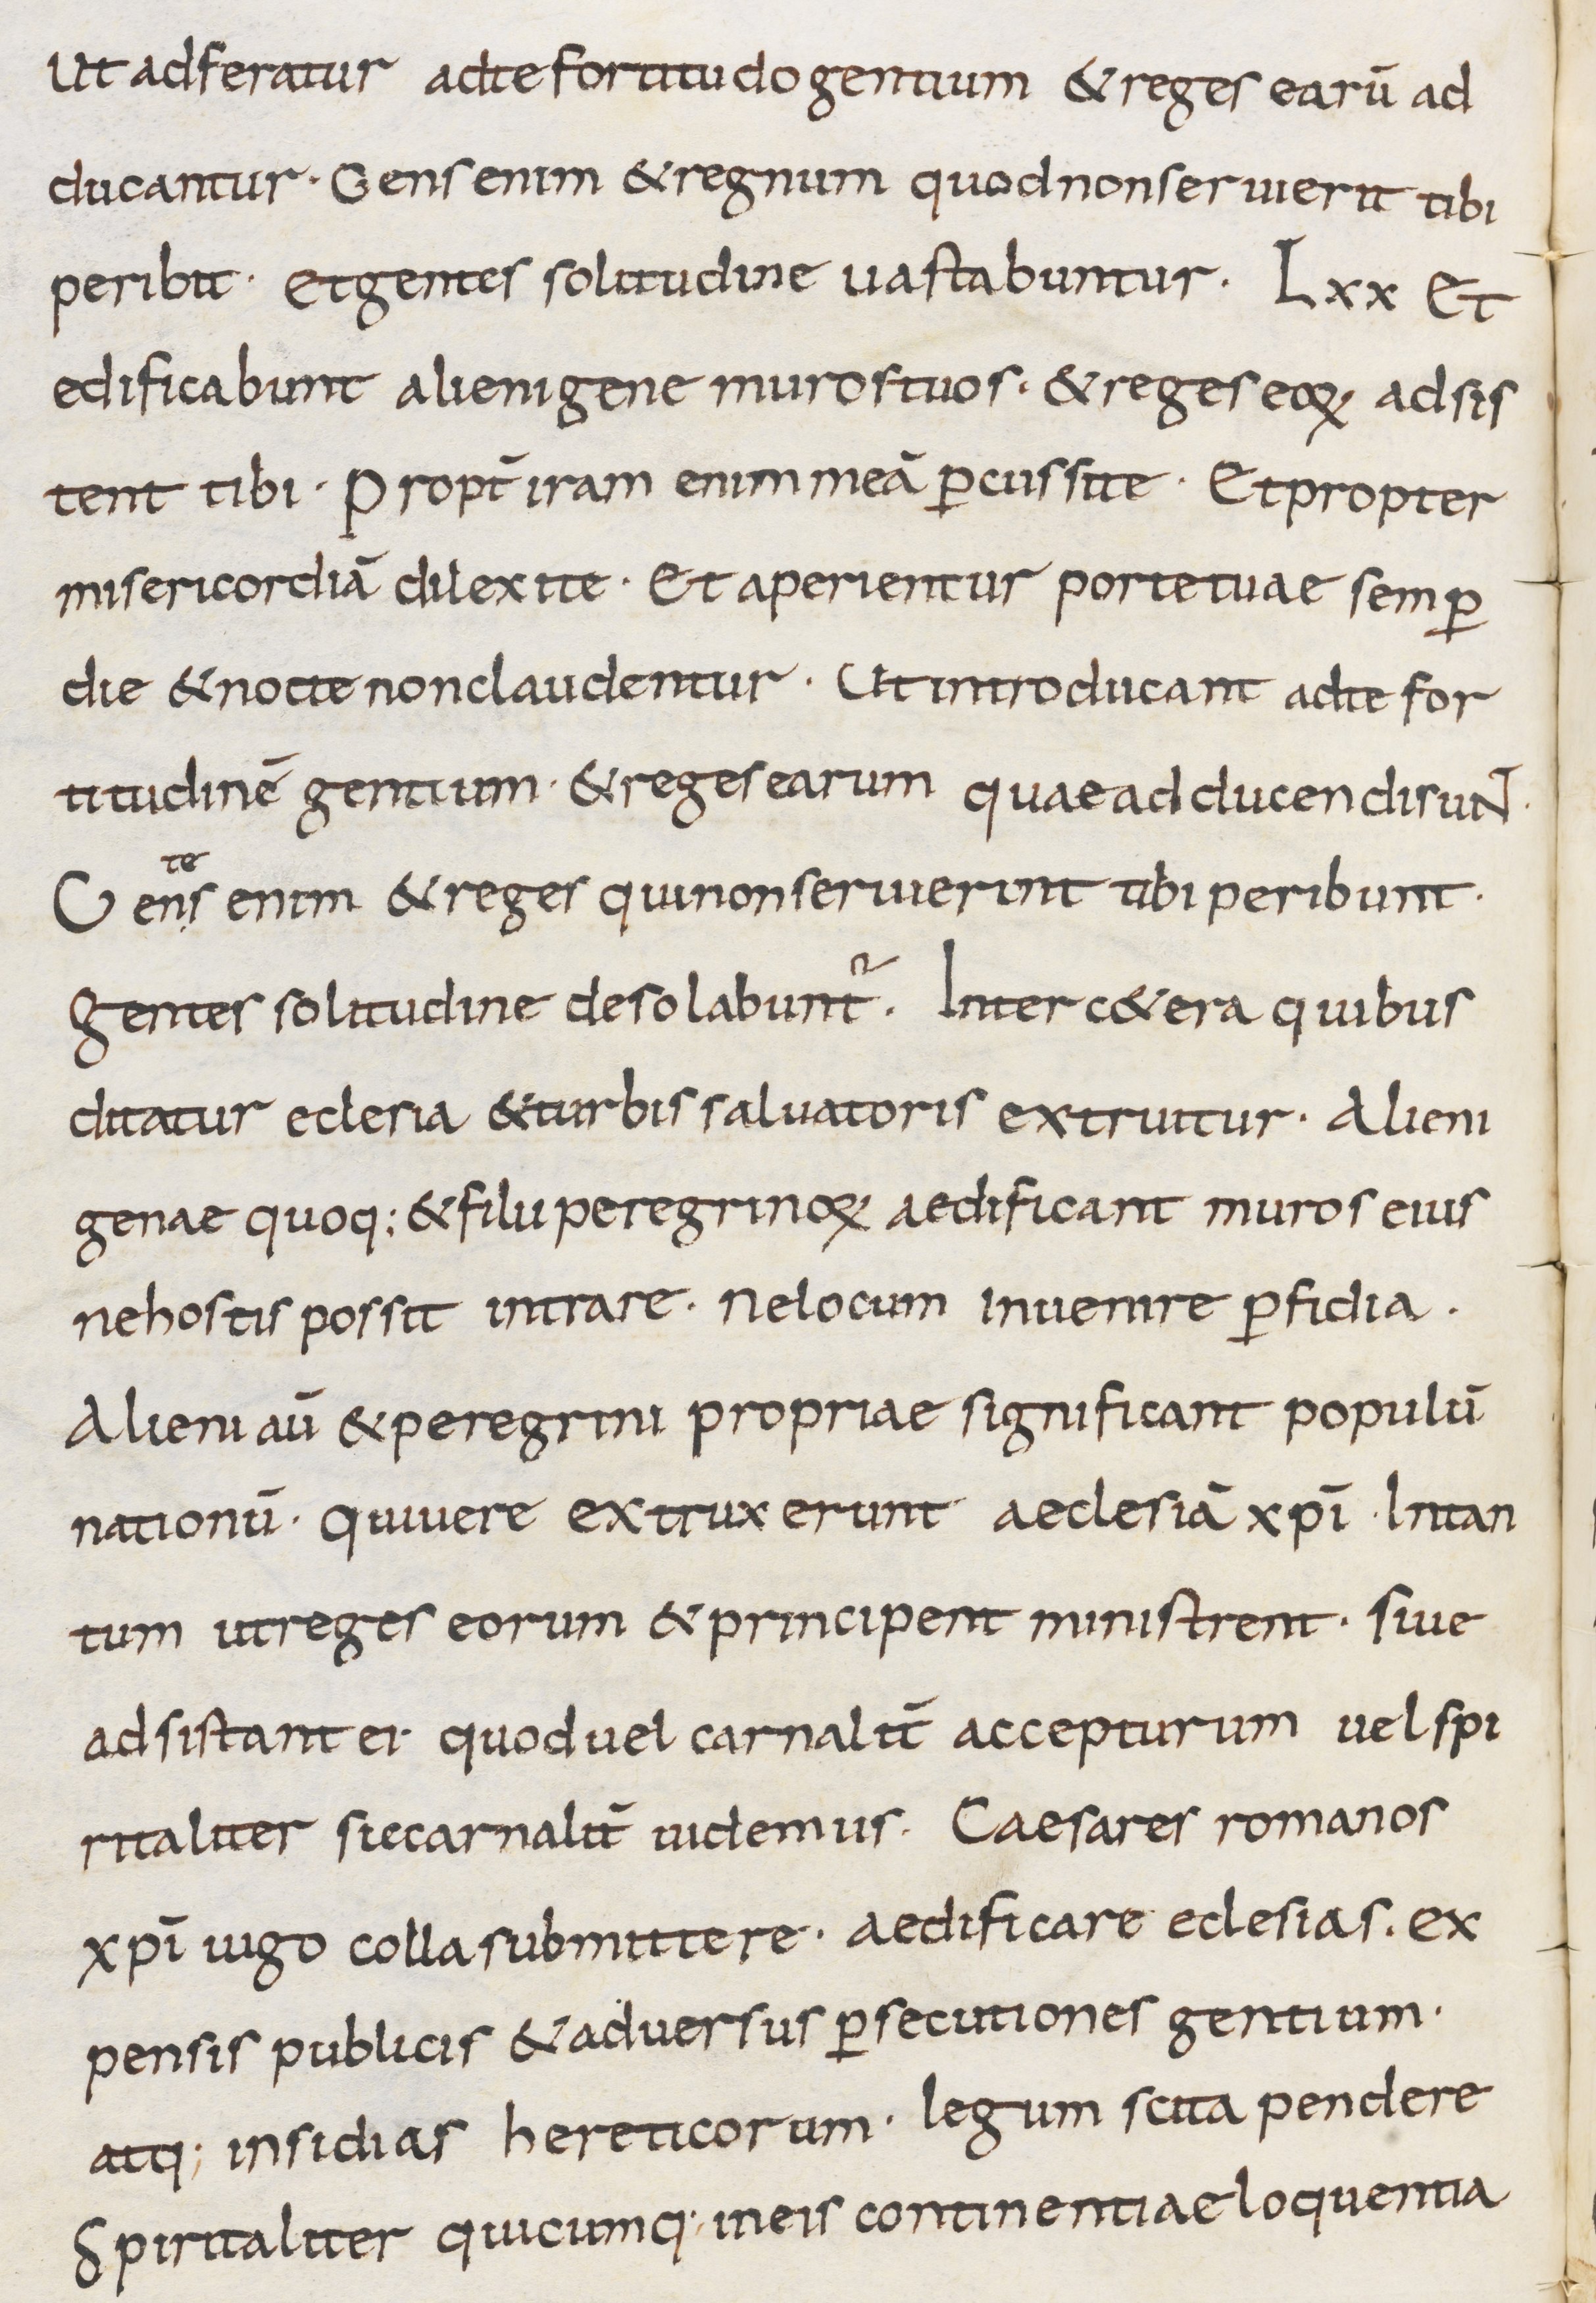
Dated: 800–899